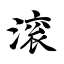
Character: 滚